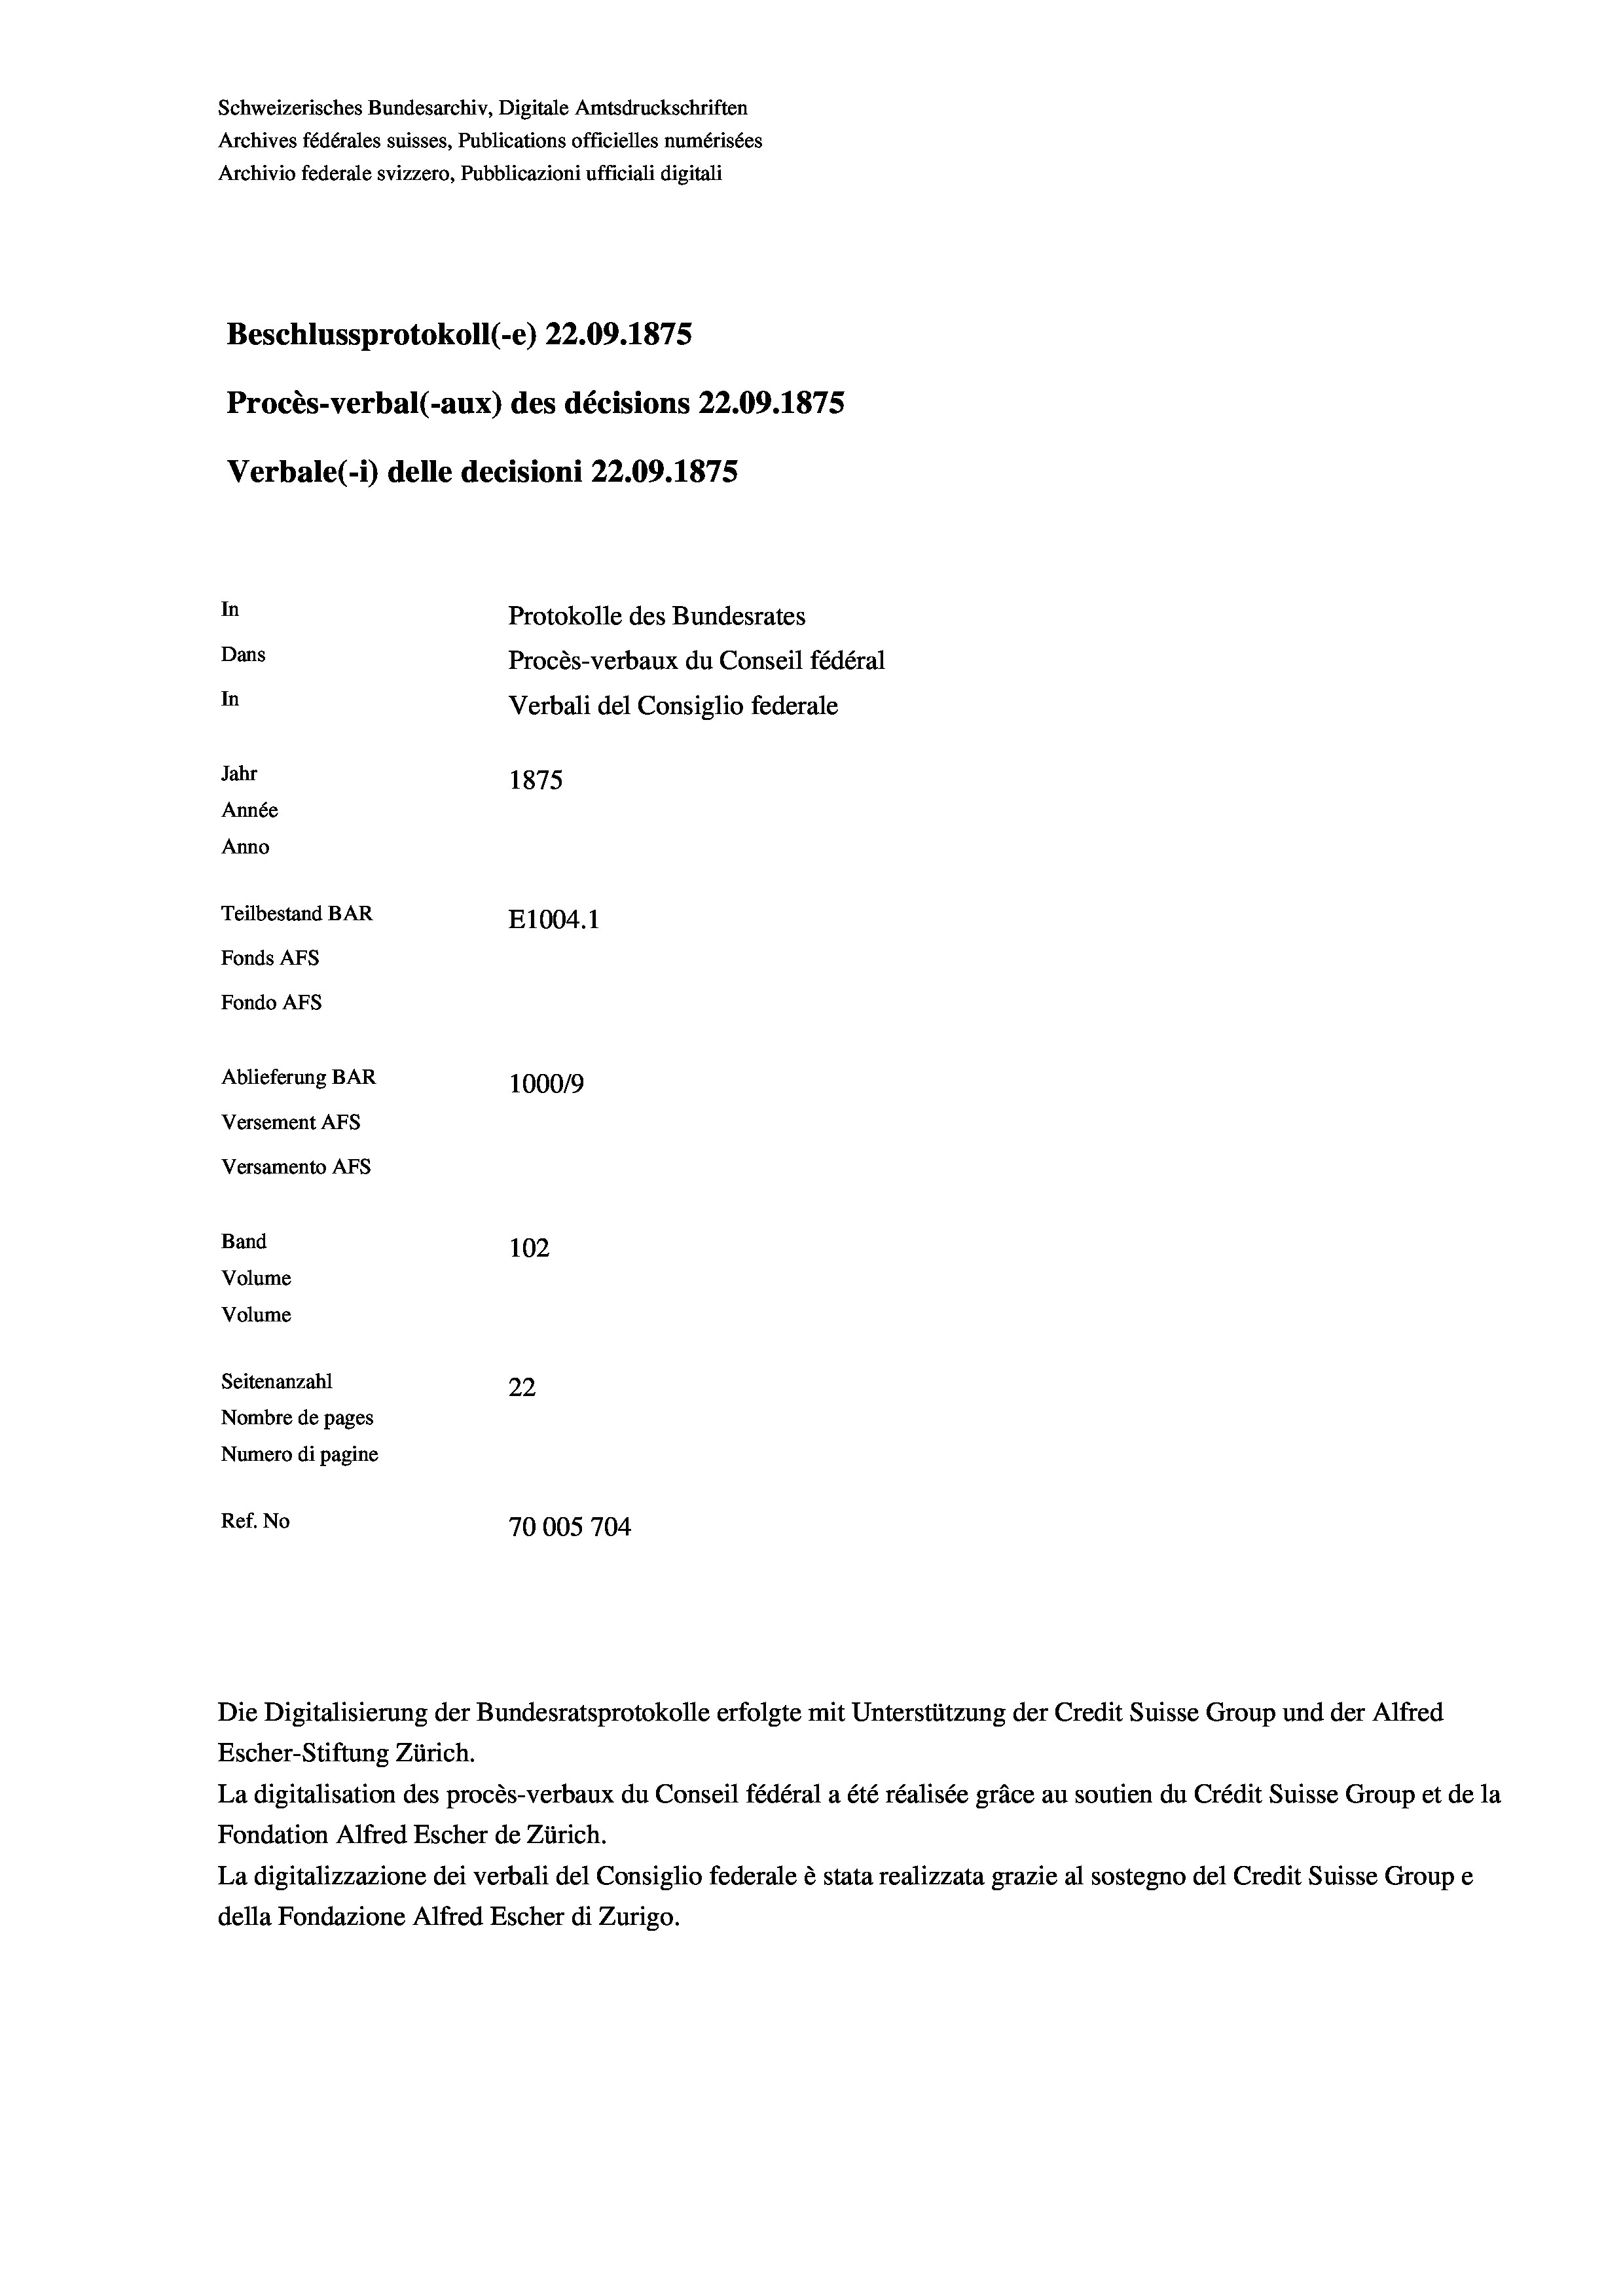
Schweizerisches Bundesarchiv, Digitale Amtsdruckschriften
Archives fédérales suisses, Publications officielles numérisées
Archivio federale svizzero, Pubblicazioni ufficiali digitali
Beschlussprotokoll (-e) 22.09. 1875
Procès-verbal (-aux) des décisions 22.09.1875
Verbale (1) delle decisioni 22.09. 1875
In
Protokolle des Bundesrates
Dans
Procès-verbaux du Conseil fédéral
In
Verbali del Consiglio federale
Jahr
1875
Année
Anno
Teilbestand BAR
E1004. 1
Fonds Afs
Fondo AFS
Ablieferung BAR
1000/9
Versement Abs
Versamento AFs
Band
102
Volume
Volume
Seitenanzahl
22
Nombre de pages
Numero di pagine
Ref. No
70005704

Escher-Stiftung Zürich.
La digitalisation des procès-verbaux du Conseil fédéral a été réalisée gräce au soutien du Crédit Suisse Group et de la
Fondation Alfred Escher de Zürich.
La digitalizzazione dei verbali del Consiglio federale è stata realizzata grazie al sostegno del Credit Suisse Groupe
della Fondazione Alfred Escher di Zurigo.

Die Digitalisierung der Bundesratsprotokolle erfolgte mit Unterstützung der Credit Suisse Group und der Alfred